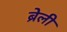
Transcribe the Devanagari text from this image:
ब्रेली